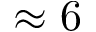
\approx 6